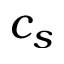
c _ { s }